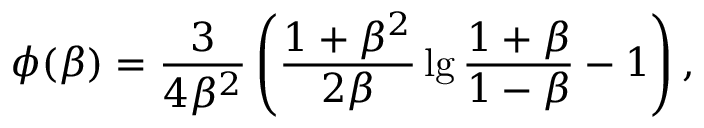
\phi ( \beta ) = { \frac { 3 } { 4 \beta ^ { 2 } } } \left( { \frac { 1 + \beta ^ { 2 } } { 2 \beta } } \lg { \frac { 1 + \beta } { 1 - \beta } } - 1 \right) ,